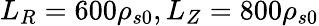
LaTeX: L_{R}=600\rho_{s0},L_{Z}=800\rho_{s0}